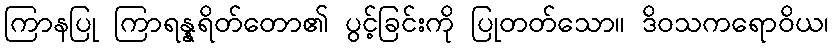
ကြာနပြု ကြာရန္နရိတ်တော၏ ပွင့်ခြင်းကို ပြုတတ်သော။ ဒိဝသကရောဝိယ၊